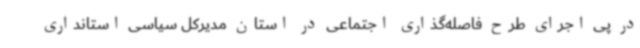
در پی اجرای طرح فاصله‌گذاری اجتماعی در استان مدیرکل سیاسی استانداری